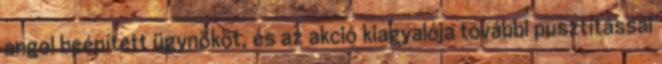
angol beépített ügynököt, és az akció kiagyalója további pusztítással